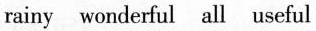
rainy wonderful all useful